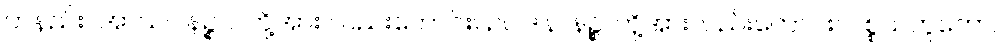
တနည်း။ အာသဝါနဉ္စဝ၊ တို့အား လည်းကောင်း။ ဥပါဒါနာနဉ္စ၊ တို့အားလည်းကောင်း။ ပစ္စယဘူတော၊